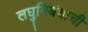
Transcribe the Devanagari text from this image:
लघुनिबंधांची